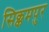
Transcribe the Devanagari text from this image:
सिक्कमपुर